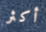
أكثر